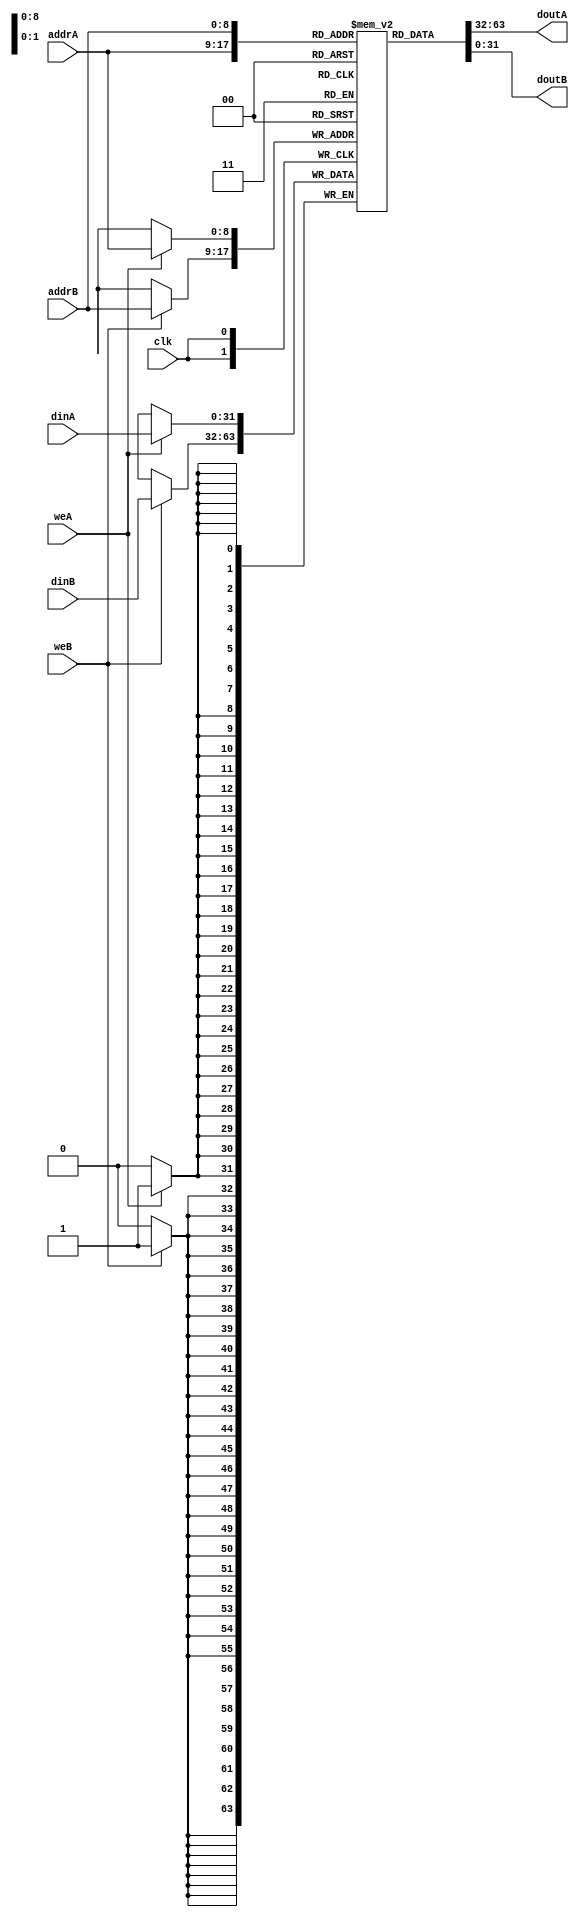
module ram_true_dp_512x32 (clk, weA, weB, addrA, addrB, dinA, dinB, doutA, doutB);
    input clk, weA, weB;
    input [8:0] addrA, addrB;
    input [31:0] dinA, dinB;
    output [31:0] doutA, doutB;
    
    reg [31:0] ram [511:0];
    always @(posedge clk)
    begin
        if (weA)
            ram[addrA] <= dinA;
        if (weB)
            ram[addrB] <= dinB;
    end

    assign doutA = ram[addrA];
    assign doutB = ram[addrB];

endmodule